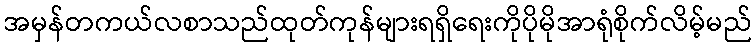
အမှန်တကယ်လစာသည်ထုတ်ကုန်များရရှိရေးကိုပိုမိုအာရုံစိုက်လိမ့်မည်